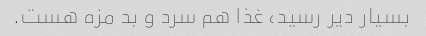
بسیار دیر رسید، غذا هم سرد و بد مزه هست.